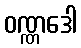
ဝဏ္ဏဒေါ